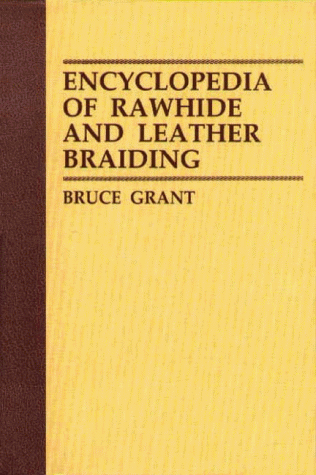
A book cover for Encyclopedia of Rawhide and Leather Braiding; Bruce Grant; Crafts, Hobbies & Home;